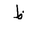
Letter: _za